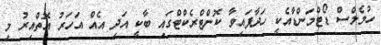
ހުމެލްސް ޑޯޓްމަންޑާއެކީ ހަދާފައިވާ ކޮންޓްރެކްޓްގައި ބާކީ އަދި އެއް އަހަރު އޮތްއިރު މި